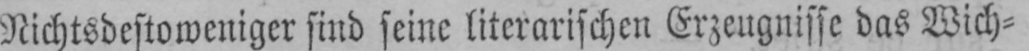
Nichtsdestoweniger sind seine literarischen Erzeugnisse das Wich⸗